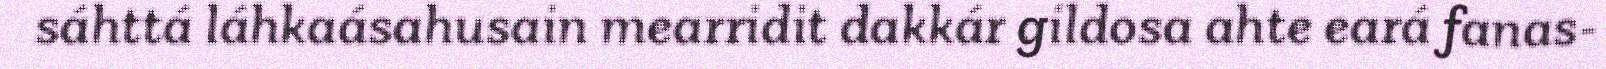
sáhttá láhkaásahusain mearridit dakkár gildosa ahte eará fanas-